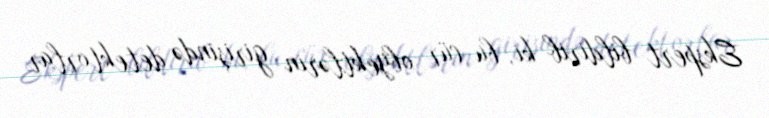
Ekspert bildirib ki, bu cür obyektlərin girişində detektorlar